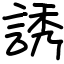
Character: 誘